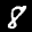
Label: 8